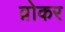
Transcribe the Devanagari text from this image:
व़ोकर